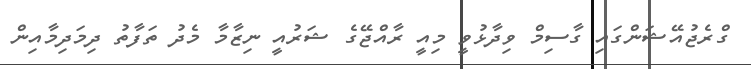
ގްރެޖުއޭޝަންގައި ގާސިމް ވިދާޅުވީ މިއީ ރާއްޖޭގެ ޝަރުއީ ނިޒާމާ މެދު ތަފާތު ދިމަދިމާއިން